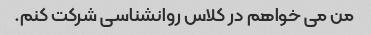
من می خواهم در کلاس روانشناسی شرکت کنم.